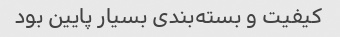
کیفیت و بسته‌بندی بسیار پایین بود